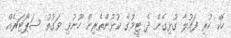
ހޮކޭ ކުރި ފައުލާ ގުޅިގެން ދެ ޓީމުގެ ކުޅުންތެރިން ހޫނުވި ވަގުތު ސަޕޯޓަރެއް